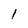
Character: 1